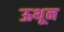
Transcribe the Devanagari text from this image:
ऊथून